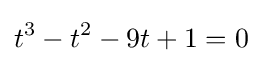
t^{3}-t^{2}-9t+1=0